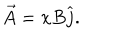
\overrightarrow { A } = x B \widehat { j } .